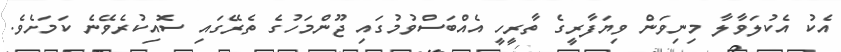
އެކު އެކުލަވާލާ މިނިވަން ވިޔަފާރީގެ ތާރީހީ އެއްބަސްވުމުގައި ޖޫންމަހުގެ ތެރޭގައި ސޮއިކުރެވޭނެ ކަމަށެވެ.